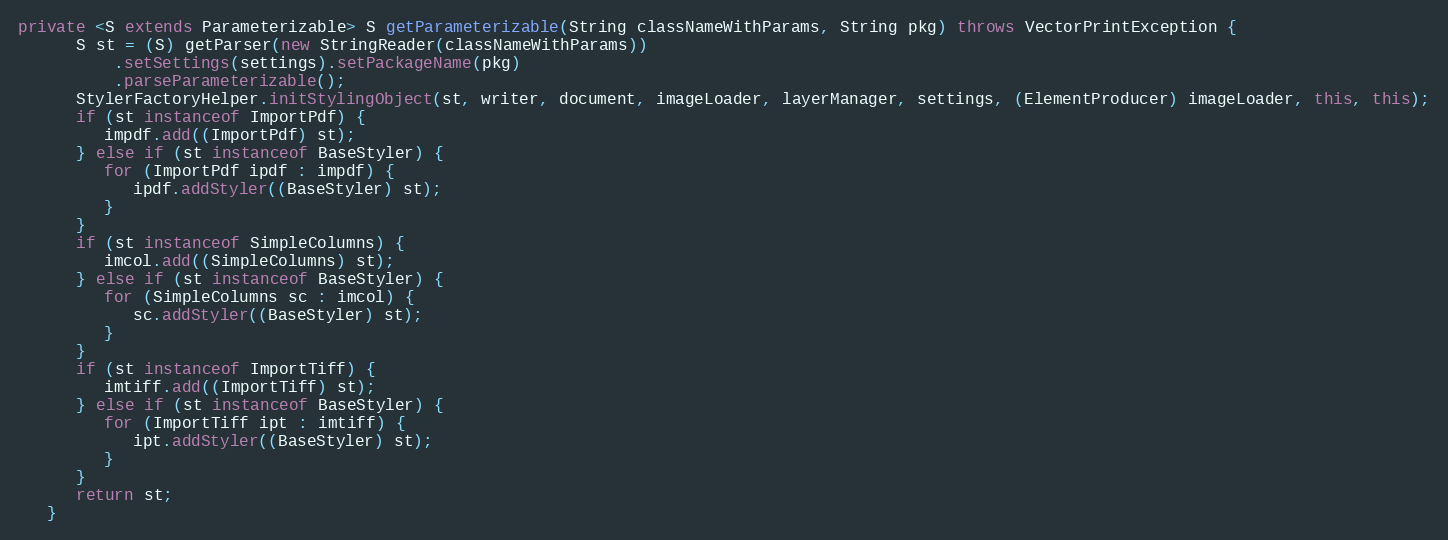
Language: Java
private <S extends Parameterizable> S getParameterizable(String classNameWithParams, String pkg) throws VectorPrintException {
      S st = (S) getParser(new StringReader(classNameWithParams))
          .setSettings(settings).setPackageName(pkg)
          .parseParameterizable();
      StylerFactoryHelper.initStylingObject(st, writer, document, imageLoader, layerManager, settings, (ElementProducer) imageLoader, this, this);
      if (st instanceof ImportPdf) {
         impdf.add((ImportPdf) st);
      } else if (st instanceof BaseStyler) {
         for (ImportPdf ipdf : impdf) {
            ipdf.addStyler((BaseStyler) st);
         }
      }
      if (st instanceof SimpleColumns) {
         imcol.add((SimpleColumns) st);
      } else if (st instanceof BaseStyler) {
         for (SimpleColumns sc : imcol) {
            sc.addStyler((BaseStyler) st);
         }
      }
      if (st instanceof ImportTiff) {
         imtiff.add((ImportTiff) st);
      } else if (st instanceof BaseStyler) {
         for (ImportTiff ipt : imtiff) {
            ipt.addStyler((BaseStyler) st);
         }
      }
      return st;
   }